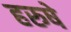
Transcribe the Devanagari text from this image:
हरुषे